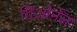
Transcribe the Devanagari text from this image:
गिओर्नेल